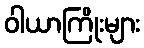
ဝါယာကြိုးများ